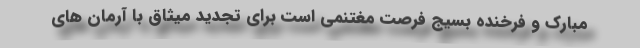
مبارک و فرخنده بسیج فرصت مغتنمی است برای تجدید میثاق با آرمان های